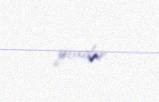
yoxdur.